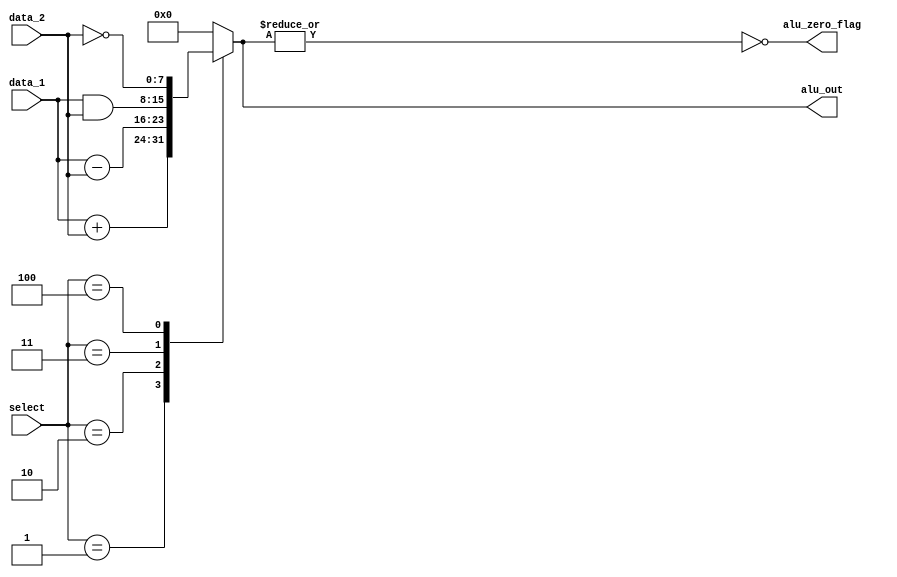
module alu_risc (
    alu_zero_flag,
    alu_out,
    data_1, 
    data_2,
    select
);

  /* ALU Instruction                Action
    ADD                             Adds datapaths to form data_1 + data_2
    SUB                             Subtracts datapaths to form data_1 - data_2
    AND                             Takes bitwise and of datapaths data_1 and data_2
    NOT                             Takes bitwise boolean complement of data_1
  */

  parameter DATAWIDTH = 8;
  parameter opcode_size = 4;

  // Op-codes 
  parameter NOP = 4'b0000;
  parameter ADD = 4'b0001;
  parameter SUB = 4'b0010;
  parameter AND = 4'b0011;
  parameter NOT = 4'b0100;
  // parameter RD = 4'b0101;
  // parameter WR = 4'b0110;
  // parameter BR = 4'b0111;
  // parameter BRZ = 4'b1000;

  //Port declarations
  output alu_zero_flag;
  output reg [DATAWIDTH - 1:0] alu_out;
  input [DATAWIDTH - 1:0]  data_1, data_2;
  input [opcode_size - 1:0] select;

  assign alu_zero_flag = ~|alu_out;

  always @ (select or data_1 or data_2)
  begin
      case(select)
        NOP: alu_out = 0;
        ADD: alu_out = data_1 + data_2;
        SUB: alu_out = data_1 - data_2;
        AND: alu_out = data_1 & data_2;
        NOT: alu_out = ~data_2;
        default: alu_out = 0;
      endcase
  end
endmodule